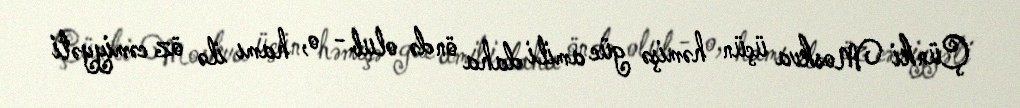
Çünki Moskva üçün həmişə güc amili daha öndə olub - o, hamı ilə öz cəmiyyəti